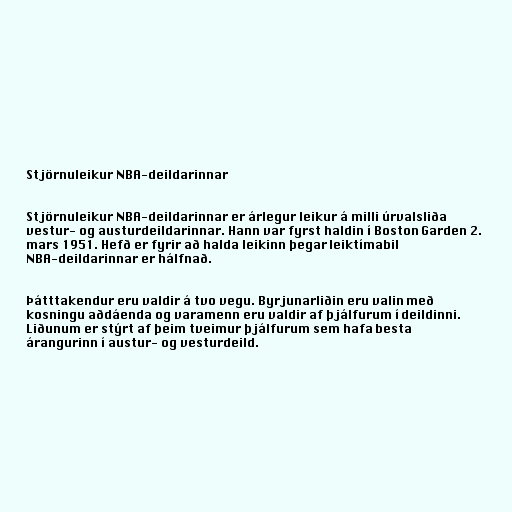
Stjörnuleikur NBA-deildarinnar

Stjörnuleikur NBA-deildarinnar er árlegur leikur á milli úrvalsliða
vestur- og austurdeildarinnar. Hann var fyrst haldin í Boston Garden 2.
mars 1951. Hefð er fyrir að halda leikinn þegar leiktímabil
NBA-deildarinnar er hálfnað.

Þátttakendur eru valdir á tvo vegu. Byrjunarliðin eru valin með
kosningu aðdáenda og varamenn eru valdir af þjálfurum í deildinni.
Liðunum er stýrt af þeim tveimur þjálfurum sem hafa besta
árangurinn í austur- og vesturdeild.